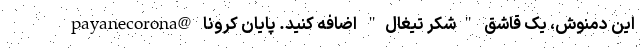
این دمنوش، یک قاشق "شکر تیغال" اضافه کنید. پایان کرونا @payanecorona